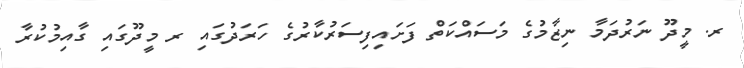
ރ. މީދޫ ނަރުދަމާ ނިޒާމުގެ މަސައްކަތް ފަށައިފިސަރުކާރުގެ ހަރަދުގައި ރ މީދޫގައި ގާއިމުކުރާ